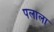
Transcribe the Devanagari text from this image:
पलाला